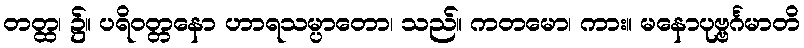
တတ္ထ၊ ၌။ ပရိဝတ္တနော ဟာရသမ္ပာတော၊ သည်။ ကတမော၊ ကား။ မနောပုဗ္ဗင်္ဂမာတိ